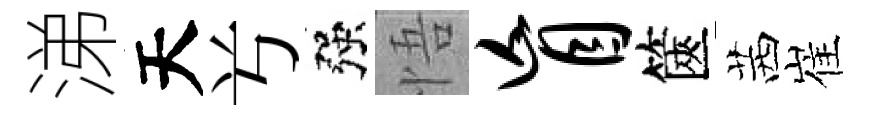
涕天𠔃强悟盲篋茜崔